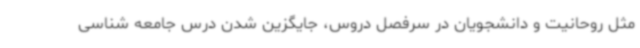
مثل روحانیت و دانشجویان در سرفصل دروس، جایگزین شدن درس جامعه شناسی